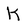
Character: K